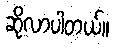
ဆိုလာပါတယ်။